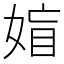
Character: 𡞙